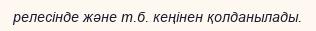
релесінде және т.б. кеңінен қолданылады.